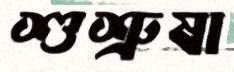
শুশ্রুষা